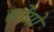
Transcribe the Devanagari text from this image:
लोयो